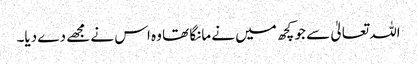
اللہ تعالیٰ سے جو کچھ میں نے مانگا تھا وہ اس نے مجھے دے دیا۔